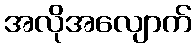
အလိုအလျောက်